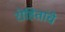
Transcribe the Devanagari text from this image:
रोहितांचे